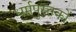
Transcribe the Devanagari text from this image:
धर्मपुस्तकों